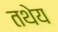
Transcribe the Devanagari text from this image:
तथेय